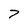
Character: 7